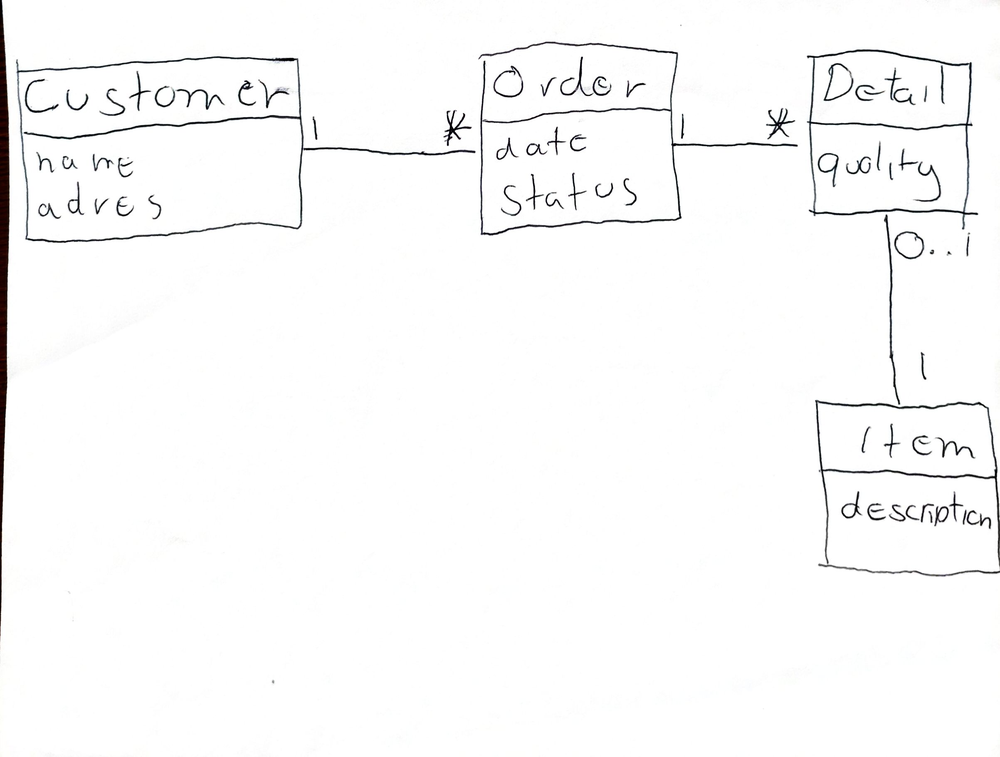
Diagram type: class_diagram
```plantuml
@startuml

class Customer {
  name
  adres
}

class Order {
  date
  status
}

class Detail {
  quality
}

class Item {
  description
}

Order "*" -- "1" Customer
Order "1" -- "*" Detail
Detail "0.." -- "1" Item

@enduml
```